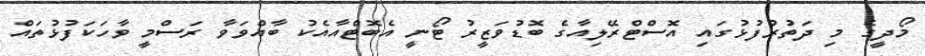
މޯދީގެ މި ދަތުރުފުޅުގައި އޮސްޓްރޭލިއާގެ ބޮޑުވަޒީރު ޓޯނީ އެބޮޓްއާއެކު ބާއްވަވާ ރަސްމީ ވާހަކަފުޅުތައް